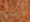
رباط